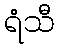
ရံသီ